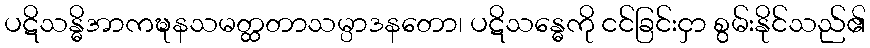
ပဋိသန္ဓိအာကဍ္ဎနသမတ္ထတာသမ္ပာဒနတော၊ ပဋိသန္ဓေကို ငင်ခြင်းငှာ စွမ်းနိုင်သည်၏